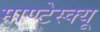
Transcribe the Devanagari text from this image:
माण्टेस्क्यू